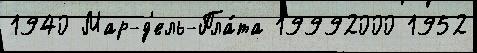
1940 Мар-д'ель-Пла́та 19992000 1952